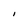
Character: I